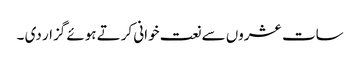
سات عشروں سے نعت خوانی کرتے ہوئے گزار دی ۔